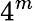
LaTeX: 4^{m}